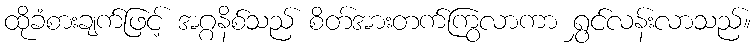
ထိုခံစားချက်ဖြင့် အဂ္ဂနိစ်သည် စိတ်အားတက်ကြွလာကာ ရွှင်လန်းလာသည်။